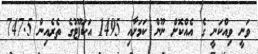
ވަނީ ވިއްކަނީ ގެ އެއްކޮށް ނޫން ކަމަށާއި 1495 އަކަފޫޓުގެ ތެރެއިން 747.5